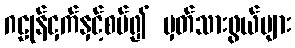
ဂဠုန်ငှက်နှင့်စပ်၍ မှတ်သားဖွယ်များ